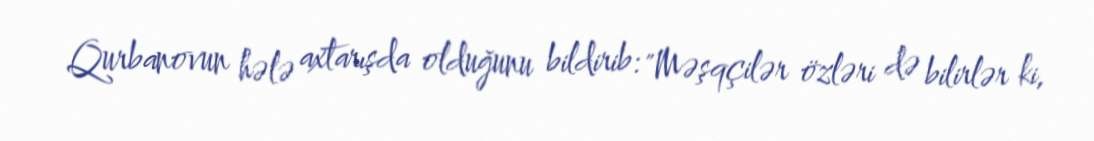
Qurbanovun hələ axtarışda olduğunu bildirib: "Məşqçilər özləri də bilirlər ki,